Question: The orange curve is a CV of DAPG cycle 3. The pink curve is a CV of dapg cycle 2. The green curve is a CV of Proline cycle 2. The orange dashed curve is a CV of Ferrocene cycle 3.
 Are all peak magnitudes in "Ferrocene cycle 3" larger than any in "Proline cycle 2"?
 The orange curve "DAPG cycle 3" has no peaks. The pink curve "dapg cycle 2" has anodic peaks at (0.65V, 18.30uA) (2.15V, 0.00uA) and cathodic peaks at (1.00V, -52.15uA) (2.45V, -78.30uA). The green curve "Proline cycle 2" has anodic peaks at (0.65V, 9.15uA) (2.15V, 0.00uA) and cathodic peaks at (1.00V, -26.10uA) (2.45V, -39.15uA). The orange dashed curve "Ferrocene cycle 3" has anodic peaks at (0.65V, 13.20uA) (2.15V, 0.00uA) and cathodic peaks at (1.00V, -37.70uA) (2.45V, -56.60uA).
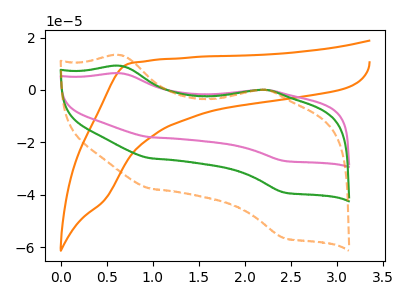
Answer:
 <answer>The peaks in "Ferrocene cycle 3" are neither all higher or all lower than the peaks in "Proline cycle 2".</answer>
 <eval>mixed</eval>